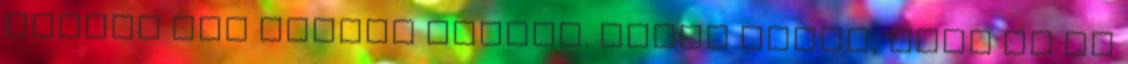
valaki más köszön vissza. Hiába tudom, hogy az az